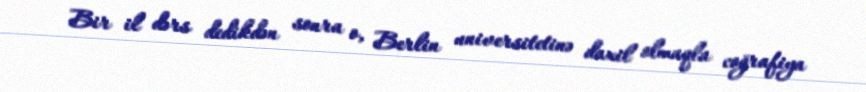
Bir il dərs dedikdən sonra o, Berlin universitetinə daxil olmaqla coğrafiya